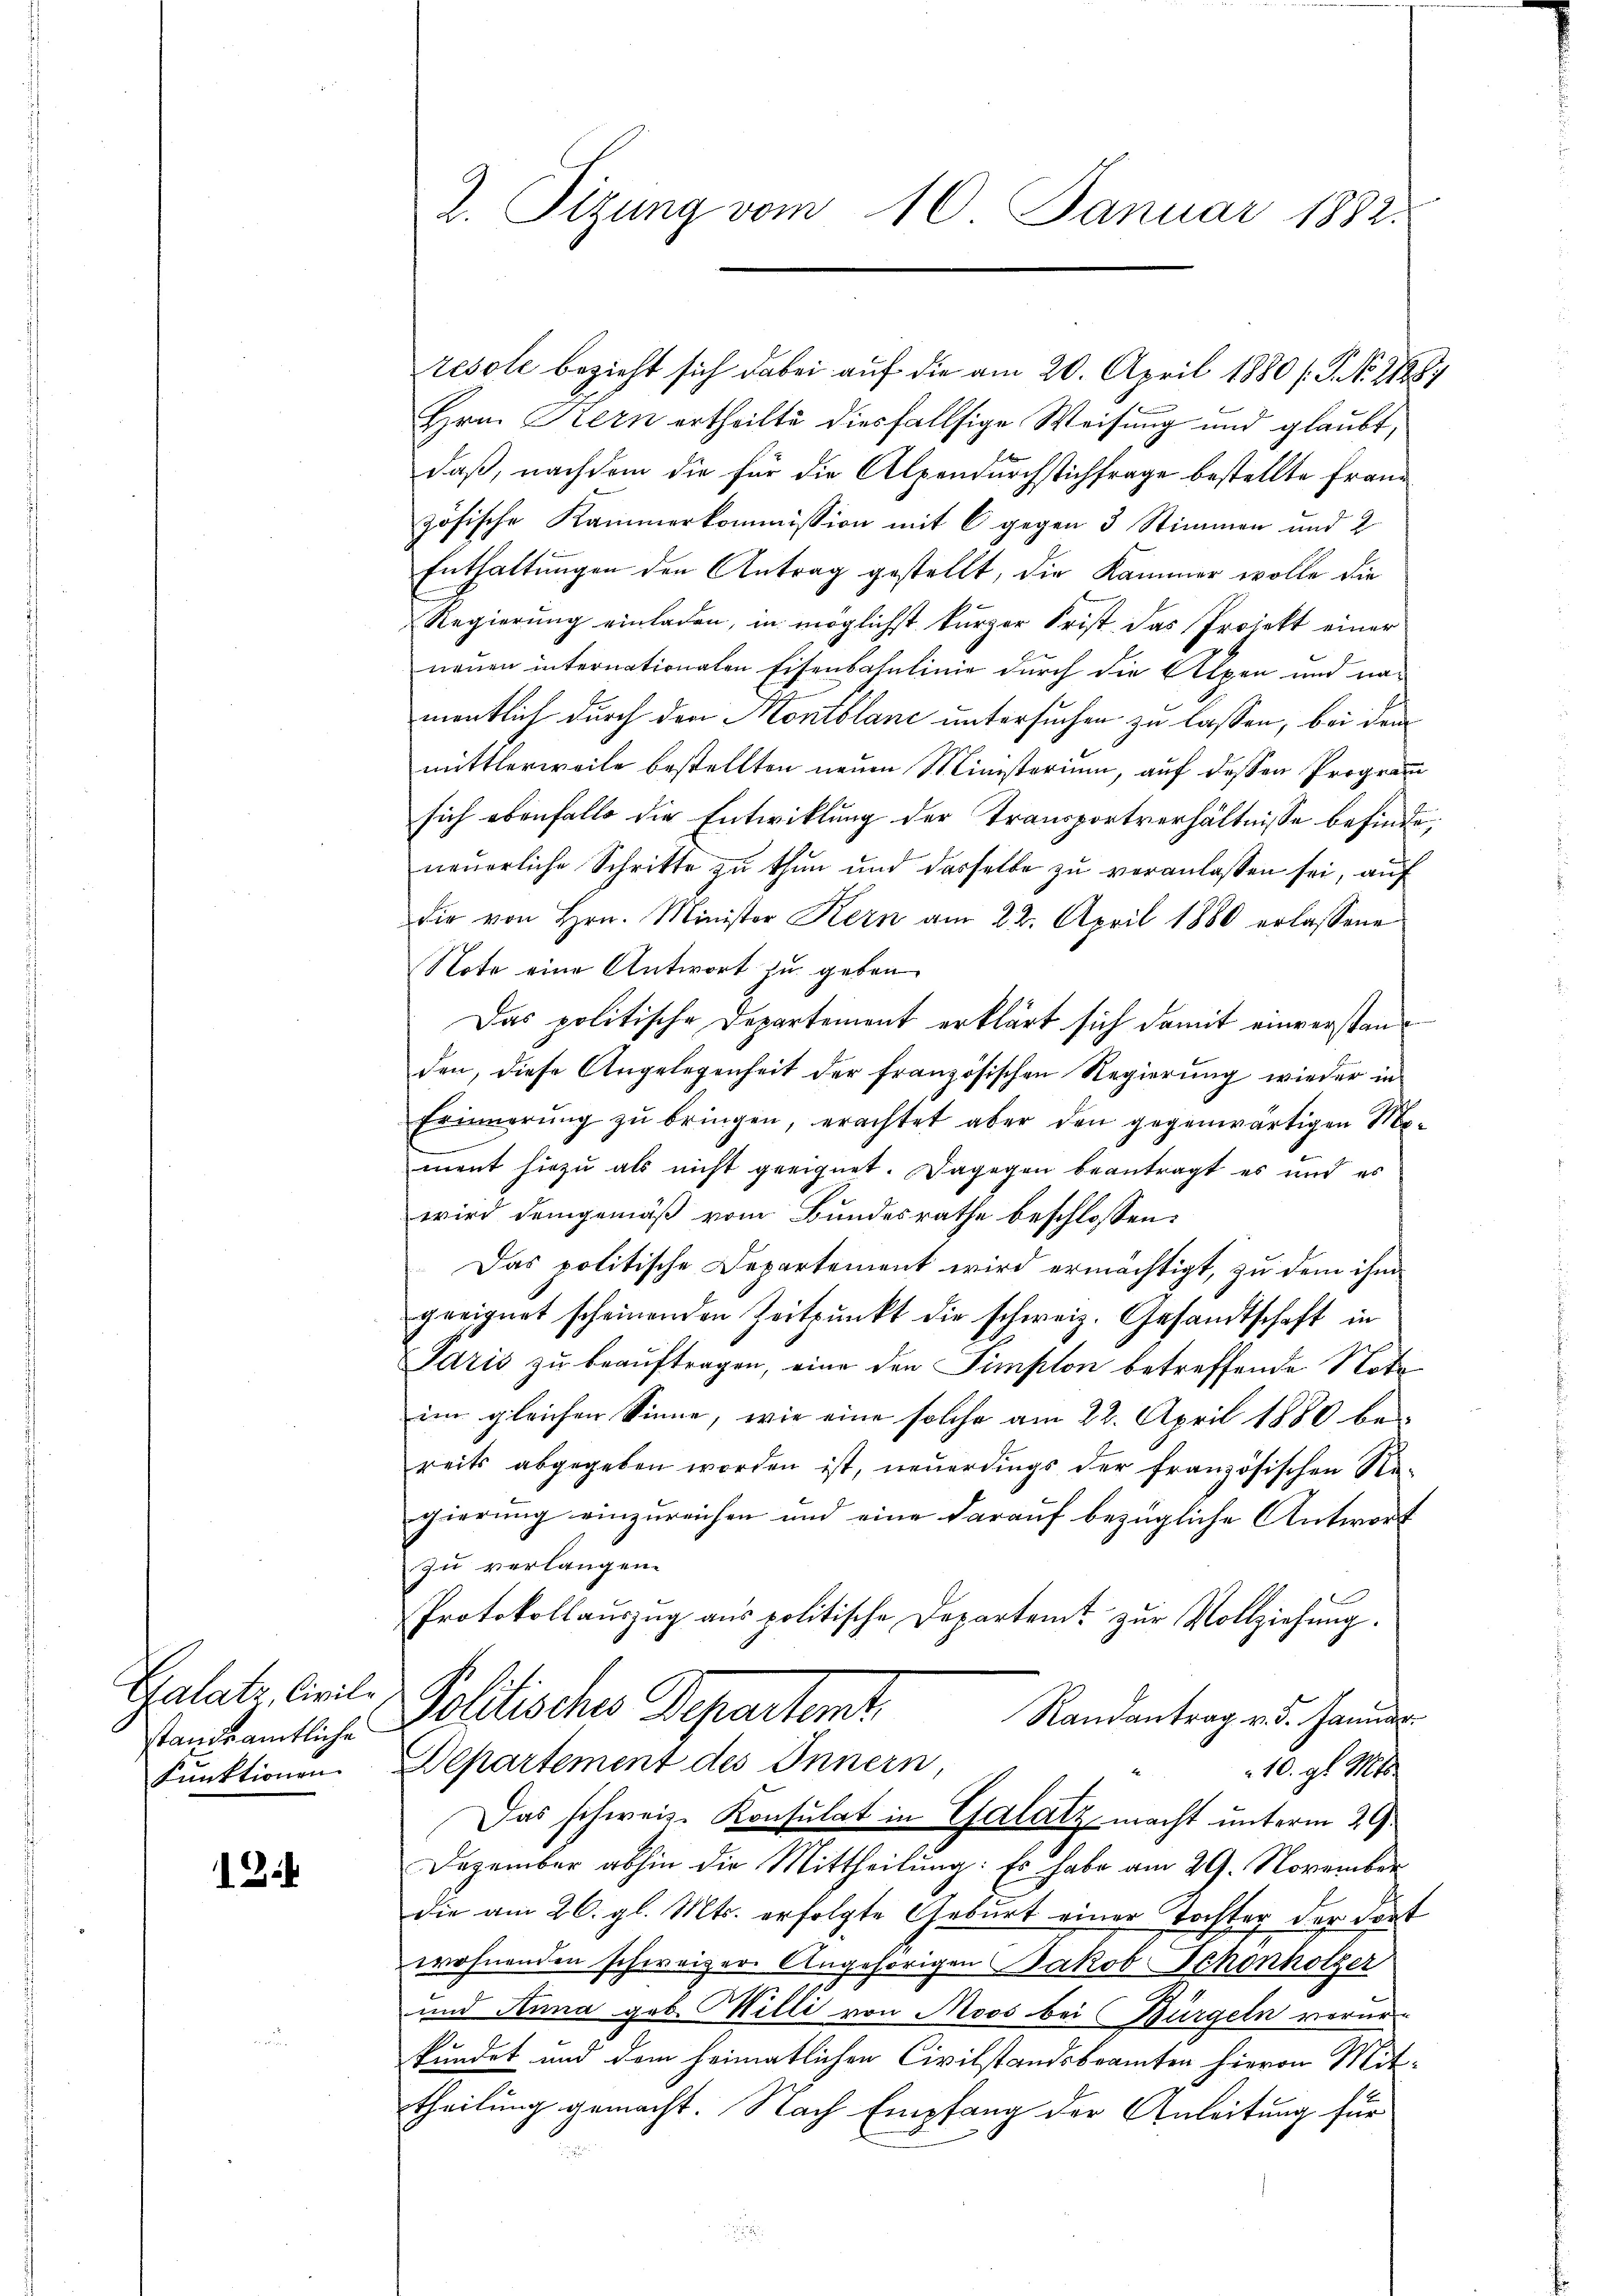
standsamtliche
Funktionen.

12

2. Sizung vom 10. Januar 1882.

resole bezieht sich dabei auf die am 20. April 1880 (T. No 2188)
Hrn. Kern ertheilte diesfallsige Weisung und glaubt,
daß, nachdem die für die Alpendurchstichfrage bestellte Fraue
zösische Kammerkommission mit 6 gegen 3 Stimmen und 2
Enthaltungen den Antrag gestellt, die Kammer wolle die
Regierung einladen, in möglichst kurzer Frist das Projekt einer
neuen internationalen Eisenbahnlinie durch die Alpen und namentlich durch den Montblane untersuchen zu lassen, bei dem
mittlerweile bestellten neuen Ministerium, auf dessen Program
sich ebenfalls die Entwicklung der Transportverhältnisse befinde,
neuerliche Schritte zu thun und dasselbe zu veranlassen sei, auf
dir von Hrn. Minister Kern am 22. April 1880 erlassene
Note eine Antwort zu geben.
Das politische Departement erklärt sich damit einverstand
den, diese Angelegenheit der französischen Regierung wieder in
Erinnerŭng zŭ bringen, erachtet aber den gegenwärtigen Mo-
ment hiezu als nicht geeignet. Dagegen beantragt es und es
wird demgemäß vom Bundesrathe beschlossen:
Das politische Departement wird ermächtigt, zu dem ihm
geeignet scheinenden Zeitpunkt die schweiz. Gesandtschaft in
Paris zu beauftragen, eine den Simplon betreffende Nota
im gleichen Sinne, wie eine solche am 22. April 1880 be-
reits abgegeben worden ist, neuerdings der französischen Re-
gierung einzureichen und eine darauf bezügliche Antwort
zu verlangen.
Protokollauszug aus politische Departeit zur Vollziehung.
Galate, Civil- Politisches Departemt,
Randantrag v. 5. Januar
Departement des Innern
10. gl. Mts.
Das schweiz. Konsulat in Galatz macht unterm 29.
Dezember abhin die Mittheilung: Es habe am 29. November
die am 26. gl. Mts. erfolgte Geburt einer Tochter der dort
wohnenden schweizer Angehörigen Jakob Schonholzer
und Anna geb. Willi von Moos bei Bürgeln verurkundet und dem heimatlichen Civilstandsbeamten hievon Mittheilung gemacht. Nach Empfang der Anleitung für